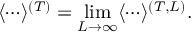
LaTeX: \langle \cdots \rangle ^ { ( T ) } = \operatorname * { l i m } _ { L \to \infty } \langle \cdots \rangle ^ { ( T , L ) } .